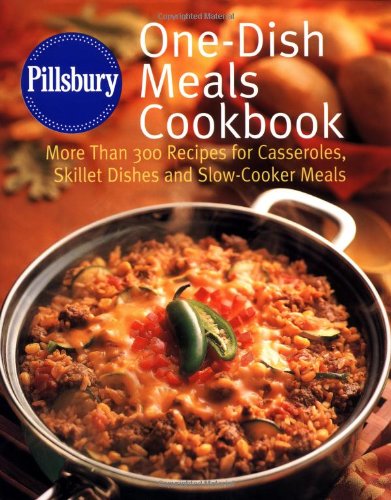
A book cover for Pillsbury: One-Dish Meals Cookbook: More Than 300 Recipes for Casseroles, Skillet Dishes and Slow-Cooker Meals; Pillsbury Company; Cookbooks, Food & Wine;